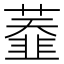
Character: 𦼩